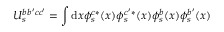
U _ { s } ^ { b b ^ { \prime } c c ^ { \prime } } = \int \mathrm { d } x \phi _ { s } ^ { c * } ( x ) \phi _ { s } ^ { c ^ { \prime } * } ( x ) \phi _ { s } ^ { b } ( x ) \phi _ { s } ^ { b ^ { \prime } } ( x )